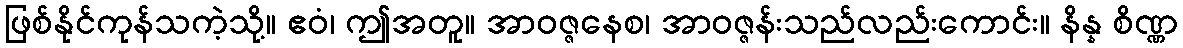
ဖြစ်နိုင်ကုန်သကဲ့သို့။ ဧဝံ၊ ဤအတူ။ အာဝဇ္ဇနေစ၊ အာဝဇ္ဇန်းသည်လည်းကောင်း။ နိန္န စိဏ္ဏ